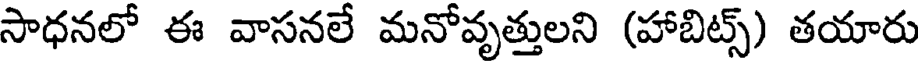
సాధనలో ఈ వాసనలే మనోవృత్తులని (హాబిట్స్) తయారు